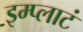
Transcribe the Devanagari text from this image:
इम्प्लाटं